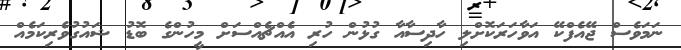
ނަމަވެސް ޖޭއެފްކޭ އަވާހަރަކޮށްލި ހާދިސާއާ ގުޅުން ހުރި އެއްޗެއްސަށް މީހުންގެ ބޮޑު ޝައުގުވެރިކަމެއް